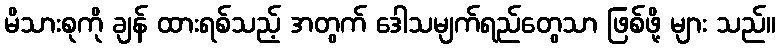
မိသားစုကို ချန် ထားရစ်သည့် အတွက် ဒေါသမျက်ရည်တွေသာ ဖြစ်ဖို့ များ သည်။